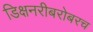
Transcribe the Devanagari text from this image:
डिक्षनरीबरोबरच